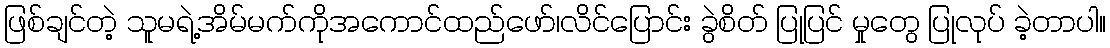
ဖြစ်ချင်တဲ့ သူမရဲ့အိမ်မက်ကိုအကောင်ထည်ဖော်၊လိင်ပြောင်း ခွဲစိတ် ပြုပြင် မှုတွေ ပြုလုပ် ခဲ့တာပါ။